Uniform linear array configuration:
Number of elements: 8
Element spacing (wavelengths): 0.5
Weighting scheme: exponential
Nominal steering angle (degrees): -15
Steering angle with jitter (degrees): -15.537
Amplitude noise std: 0.05
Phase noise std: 0.05

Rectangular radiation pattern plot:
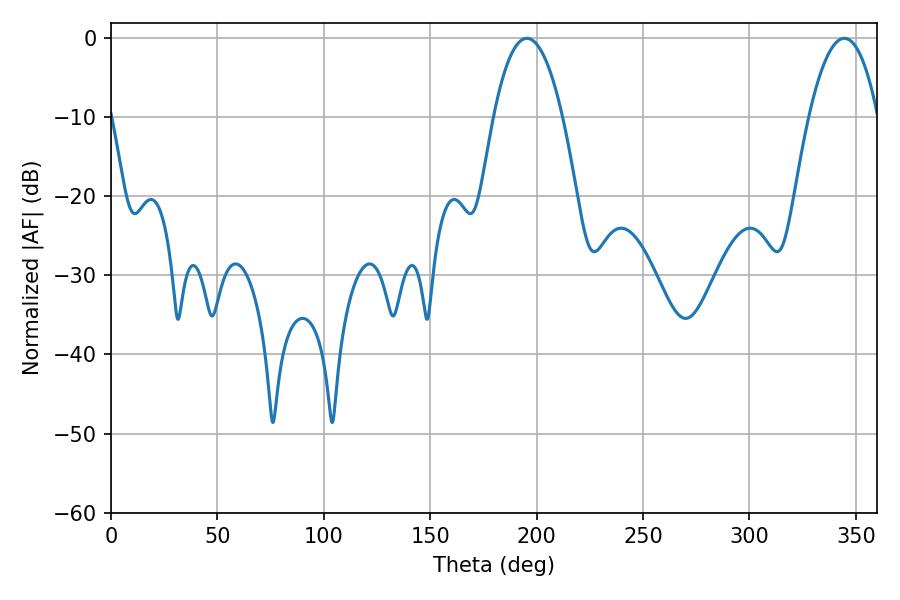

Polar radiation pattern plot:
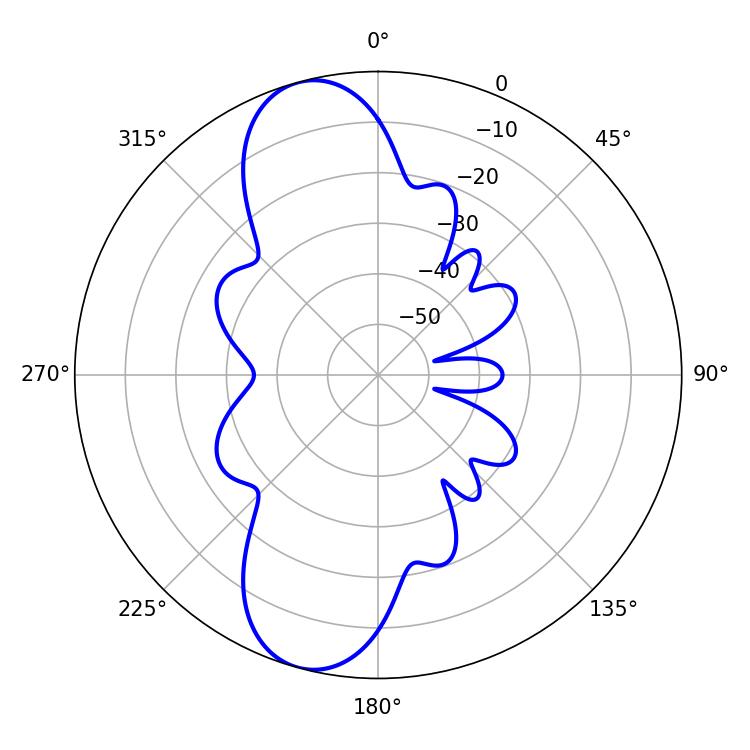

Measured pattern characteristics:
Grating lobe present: FALSE
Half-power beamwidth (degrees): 17.82
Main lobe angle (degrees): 195.48